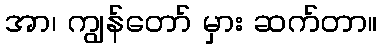
အာ၊ ကျွန်တော် မှား ဆက်တာ။